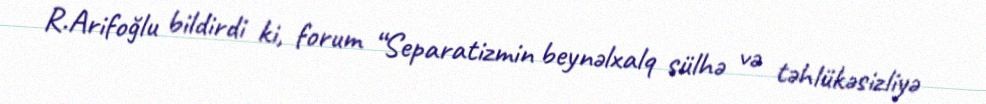
R.Arifoğlu bildirdi ki, forum “Separatizmin beynəlxalq sülhə və təhlükəsizliyə